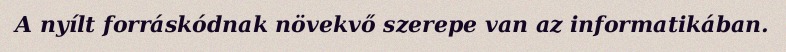
A nyílt forráskódnak növekvő szerepe van az informatikában.